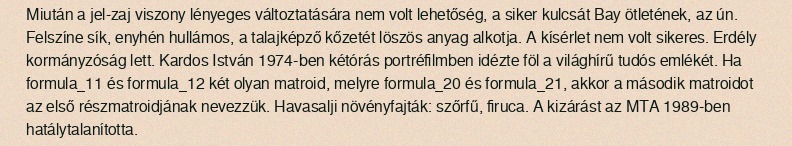
Miután a jel-zaj viszony lényeges változtatására nem volt lehetőség, a siker kulcsát Bay ötletének, az ún. Felszíne sík, enyhén hullámos, a talajképző kőzetét löszös anyag alkotja. A kísérlet nem volt sikeres. Erdély kormányzóság lett. Kardos István 1974-ben kétórás portréfilmben idézte föl a világhírű tudós emlékét. Ha formula_11 és formula_12 két olyan matroid, melyre formula_20 és formula_21, akkor a második matroidot az első részmatroidjának nevezzük. Havasalji növényfajták: szőrfű, firuca. A kizárást az MTA 1989-ben hatálytalanította.